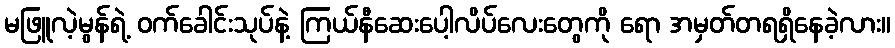
မဖြူလဲ့မွန်ရဲ့ ဝက်ခေါင်းသုပ်နဲ့ ကြယ်နီဆေးပေါ့လိပ်လေးတွေကို ရော အမှတ်တရရှိနေခဲ့လား။